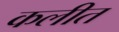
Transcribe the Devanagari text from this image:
कलीत